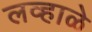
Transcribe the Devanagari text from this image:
लव्हाळे